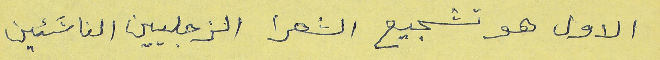
الاول هو تشجيع الشعرا الزجليين الناشَئين